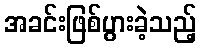
အခင်းဖြစ်ပွားခဲ့သည့်